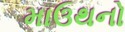
માઉથનો